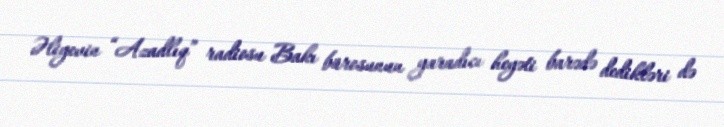
Əliyevin “Azadlıq” radiosu Bakı bürosunun yaradıcı heyəti barədə dedikləri də